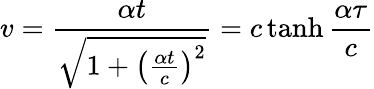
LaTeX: v={\frac{\alpha t}{\sqrt{1+\left({\frac{\alpha t}{c}}\right)^{2}}}}=c\operatorname{tanh}{\frac{\alpha\tau}{c}}